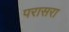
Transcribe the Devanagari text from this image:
परासरा